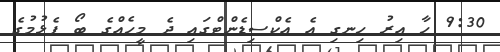
9:30 ހާ އިރު ހިނގި އެ އެކްސިޑެންޓްގައި ދެ މީހެއްގެ ބޯ ފެޅުމުގެ